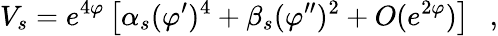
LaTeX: V_{s}=e^{4\varphi}\left[\alpha_{s}(\varphi^{\prime})^{4}+\beta_{s}(\varphi^{\prime\prime})^{2}+O(e^{2\varphi})\right]~~~,